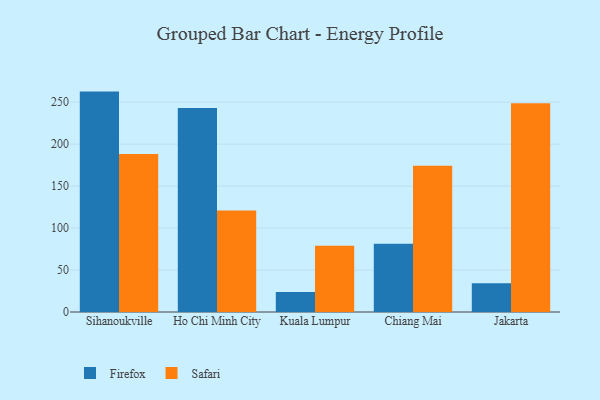
{"axis": {"x": "City", "y": "Customer Acquisition Cost (USD)"}, "legend": ["Firefox", "Safari"], "data": [{"x": "Sihanoukville", "y": 262.6, "type": "Firefox"}, {"x": "Sihanoukville", "y": 188.2, "type": "Safari"}, {"x": "Ho Chi Minh City", "y": 243.2, "type": "Firefox"}, {"x": "Ho Chi Minh City", "y": 120.9, "type": "Safari"}, {"x": "Kuala Lumpur", "y": 23.8, "type": "Firefox"}, {"x": "Kuala Lumpur", "y": 79.0, "type": "Safari"}, {"x": "Chiang Mai", "y": 81.2, "type": "Firefox"}, {"x": "Chiang Mai", "y": 174.4, "type": "Safari"}, {"x": "Jakarta", "y": 34.2, "type": "Firefox"}, {"x": "Jakarta", "y": 248.7, "type": "Safari"}]}